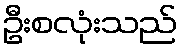
ဦးစလုံးသည်